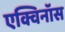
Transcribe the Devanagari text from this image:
एक्विनॉस